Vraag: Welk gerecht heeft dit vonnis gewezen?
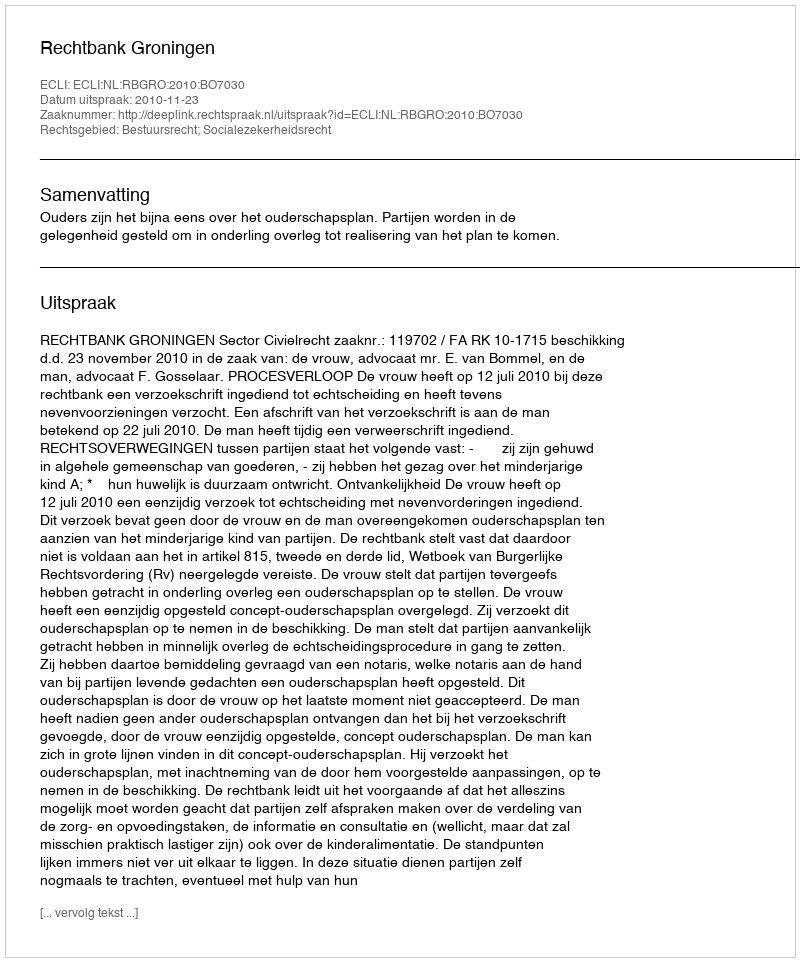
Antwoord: Rechtbank Groningen